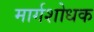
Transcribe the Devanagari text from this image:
मार्गशोधक